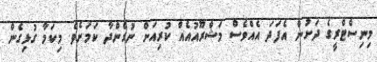
މިނިސްޓްރީގެ ދަށުން އެފަދަ އެއްވެސް މަޝްރޫއުއެއް ކުރިއަށް ނުގެންދާ ކަމަށެވެ. މިކަމާ ގުޅިގެން